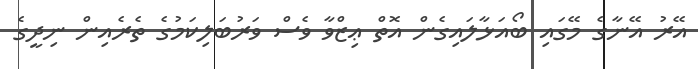
އޭރު އޭނާގެ މޭގައި ބޯއަޅާލައިގެން އޮތް ޢިޒްވާ ވެސް ވަރުބަލިކަމުގެ ތެރެއިން ނިދީގެ